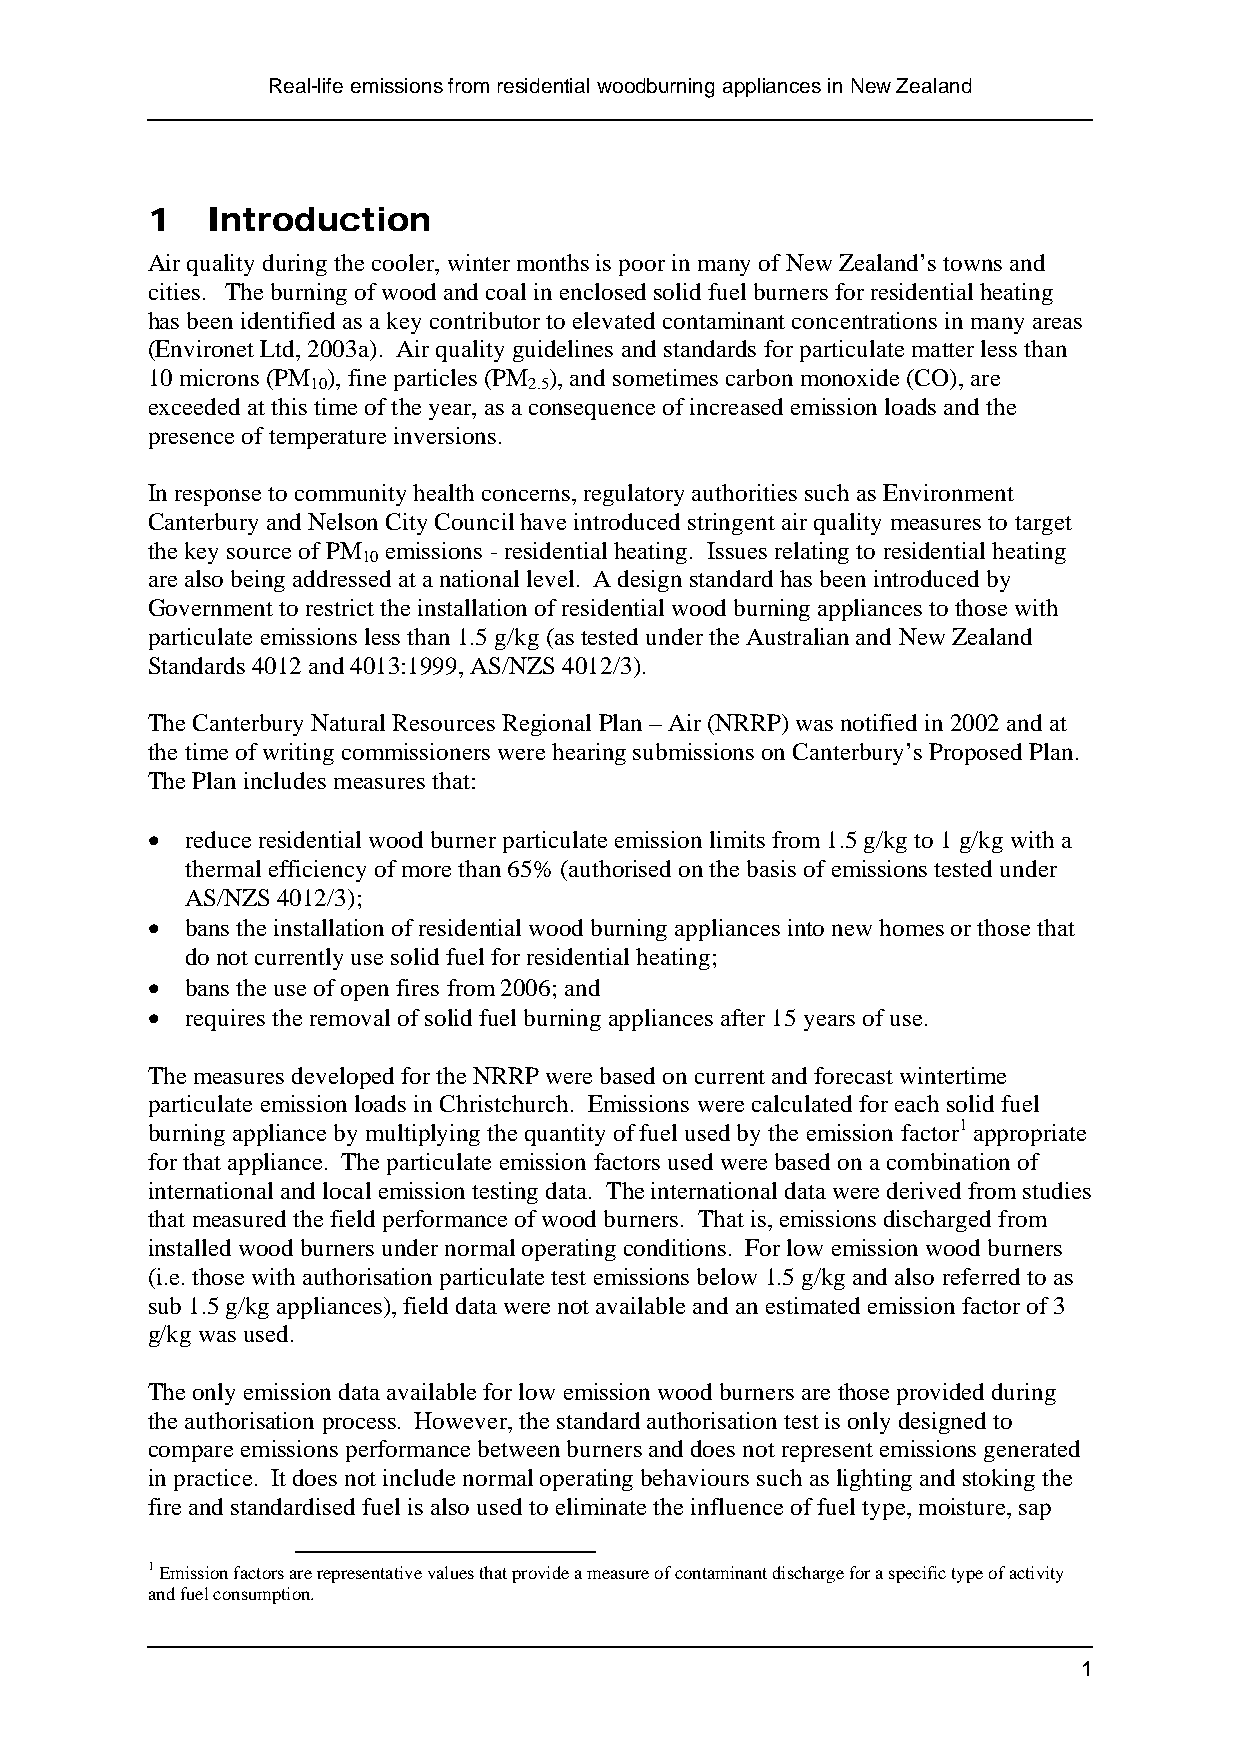
Real-life emissions from residential woodburning appliances in New Zealand
 1   Introduction
 Air quality during the cooler, winter months is poor in many of New Zealand’s towns and
 cities. The burning of wood and coal in enclosed solid fuel burners for residential heating
 has been identified as a key contributor to elevated contaminant concentrations in many areas
 (Environet Ltd, 2003a). Air quality guidelines and standards for particulate matter less than
 10 microns (PM ), fine particles (PM ), and sometimes carbon monoxide (CO), are
 10            2.5
 exceeded at this time of the year, as a consequence of increased emission loads and the
 presence of temperature inversions.
 In response to community health concerns, regulatory authorities such as Environment
 Canterbury and Nelson City Council have introduced stringent air quality measures to target
 the key source of PM emissions - residential heating. Issues relating to residential heating
 10
 are also being addressed at a national level. A design standard has been introduced by
 Government to restrict the installation of residential wood burning appliances to those with
 particulate emissions less than 1.5 g/kg (as tested under the Australian and New Zealand
 Standards 4012 and 4013:1999, AS/NZS 4012/3).
 The Canterbury Natural Resources Regional Plan – Air (NRRP) was notified in 2002 and at
 the time of writing commissioners were hearing submissions on Canterbury’s Proposed Plan.
 The Plan includes measures that:
 • reduce residential wood burner particulate emission limits from 1.5 g/kg to 1 g/kg with a
 thermal efficiency of more than 65% (authorised on the basis of emissions tested under
 AS/NZS 4012/3);
 • bans the installation of residential wood burning appliances into new homes or those that
 do not currently use solid fuel for residential heating;
 • bans the use of open fires from 2006; and
 • requires the removal of solid fuel burning appliances after 15 years of use.
 The measures developed for the NRRP were based on current and forecast wintertime
 particulate emission loads in Christchurch. Emissions were calculated for each solid fuel
 burning appliance by multiplying the quantity of fuel used by the emission factor1 appropriate
 for that appliance. The particulate emission factors used were based on a combination of
 international and local emission testing data. The international data were derived from studies
 that measured the field performance of wood burners. That is, emissions discharged from
 installed wood burners under normal operating conditions. For low emission wood burners
 (i.e. those with authorisation particulate test emissions below 1.5 g/kg and also referred to as
 sub 1.5 g/kg appliances), field data were not available and an estimated emission factor of 3
 g/kg was used.
 The only emission data available for low emission wood burners are those provided during
 the authorisation process. However, the standard authorisation test is only designed to
 compare emissions performance between burners and does not represent emissions generated
 in practice. It does not include normal operating behaviours such as lighting and stoking the
 fire and standardised fuel is also used to eliminate the influence of fuel type, moisture, sap
 1 Emission factors are representative values that provide a measure of contaminant discharge for a specific type of activity
 and fuel consumption.
 1